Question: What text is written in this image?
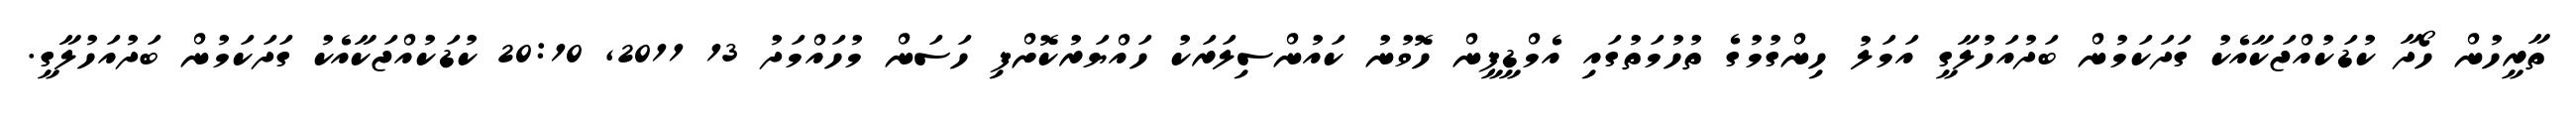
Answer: ތާރީހުން ހޯދާ ކުޑަކުއްޖަކާއެކު ގަދަކަމުން ބަދުއަހުލާގީ އަމަލު ހިންގުމުގެ ތުހުމަތުގައި އެމްޑީޕީން ހޮވުނު ކައުންސިލަރަކު ހައްޔަރުކޮށްފި ހަސަން މުހައްމަދު 13 2011, 20:10 ކުޑަކުއްޖަކާއެކު ގަދަކަމުން ބަދުއަހުލާގީ.